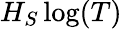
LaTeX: H_{S}\log(T)